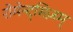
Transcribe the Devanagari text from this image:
रोमेन्ट्सिज़म्